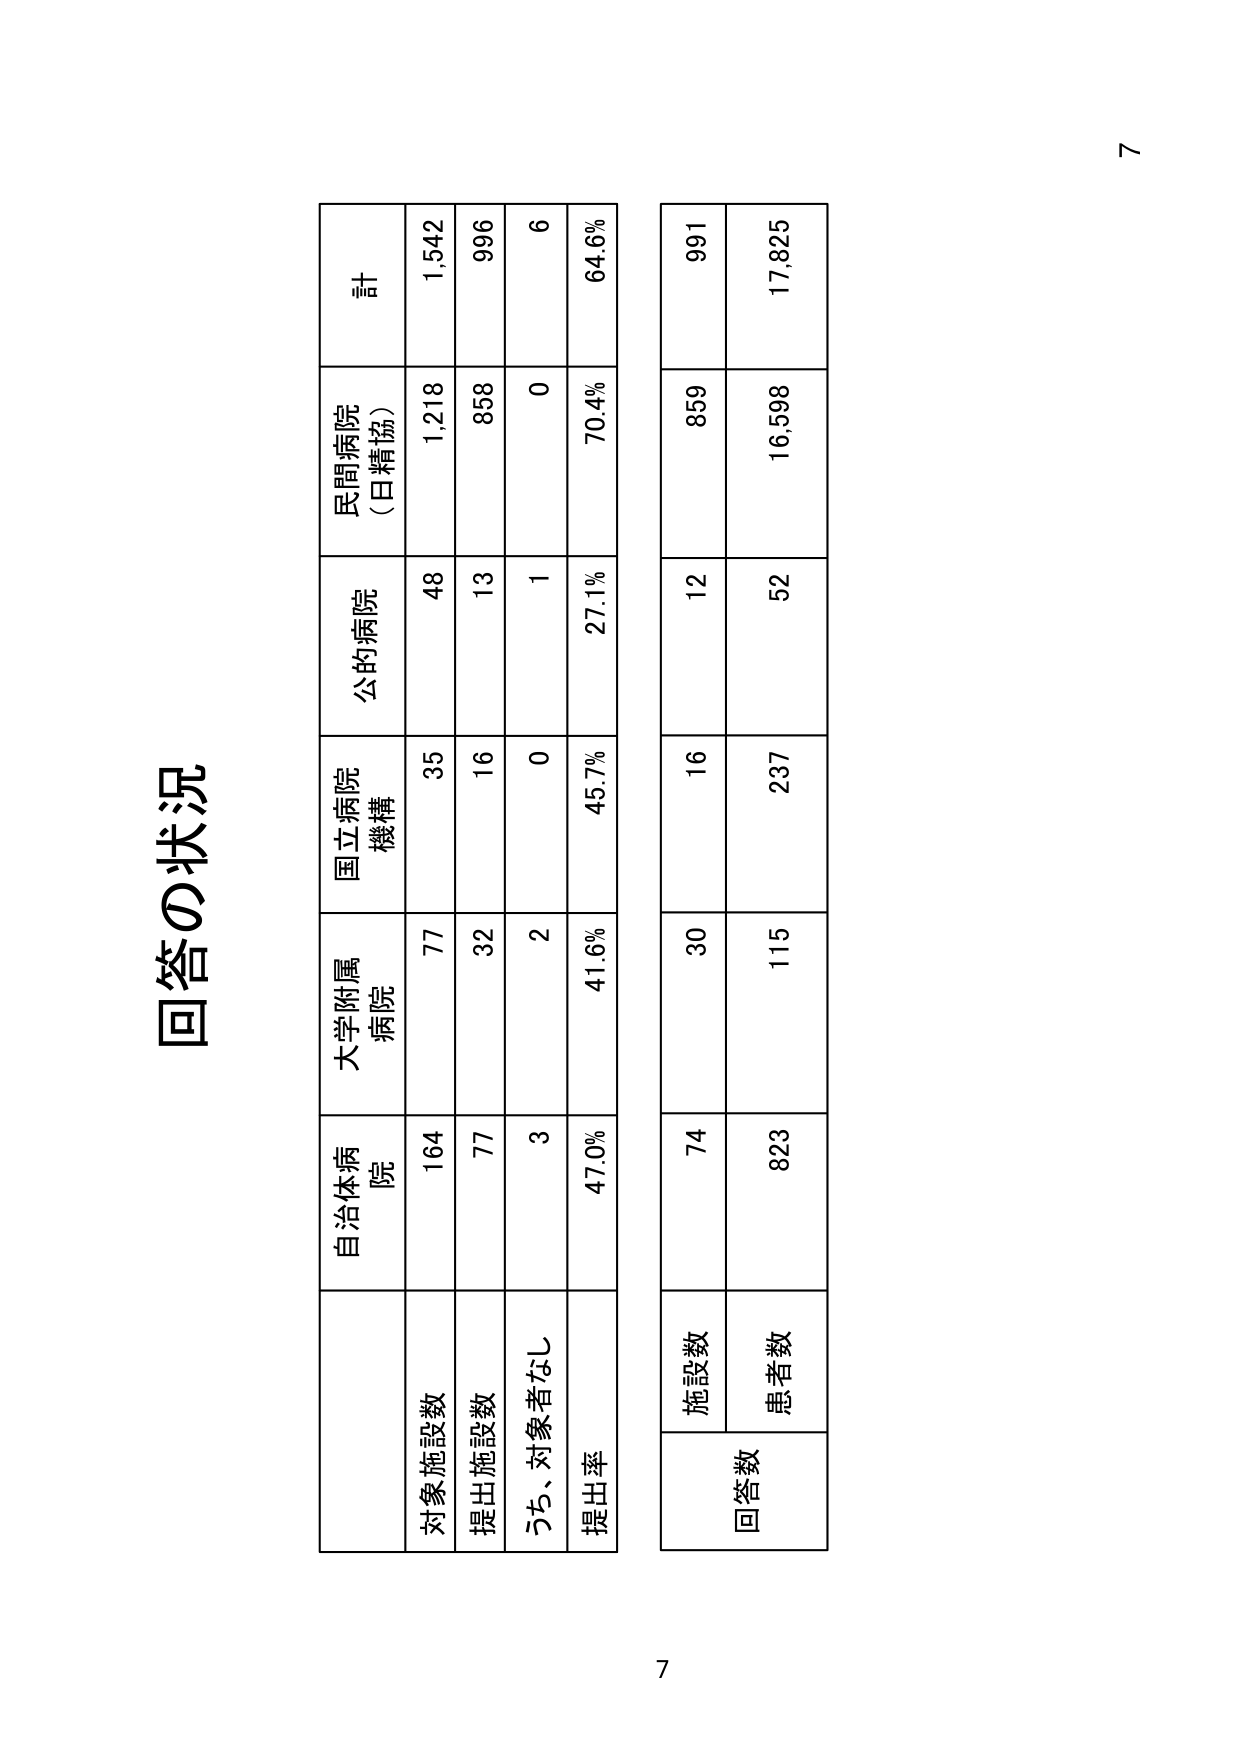
回答の状況

対象施設数
提出施設数
うち、対象者なし
提出率

自治体病院
164
77
3
47.0%

大学附属病院
77
32
2
41.6%

国立病院機構
35
16
0
45.7%

公的病院
48
13
1
27.1%

民間病院（日精協）
1,218
858
0
70.4%

計
1,542
996
6
64.6%

回答数
施設数
74
30
16
12
859
991

患者数
823
115
237
52
16,598
17,825

7